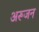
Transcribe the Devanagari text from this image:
अरूजन